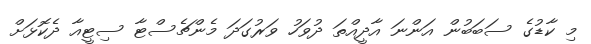
މި ކާޑުގެ ސަބަބުން އަންނަ އާދީއްތަ ދުވަހު ވަރުގަދަ މެންޗެސްޓާ ސިޓީއާ ދެކޮޅަށް